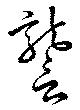
讋